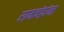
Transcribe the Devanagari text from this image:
रामचंद्रांना